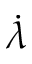
\dot { \lambda }